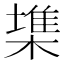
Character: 𣙇